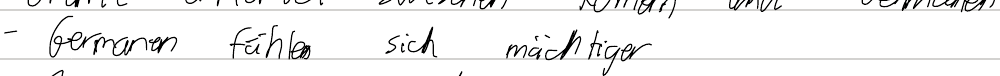
- Germanen fühlen sich mächtiger